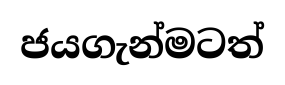
ජයගැන්මටත්